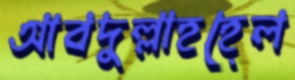
আবদুল্লাহহেল